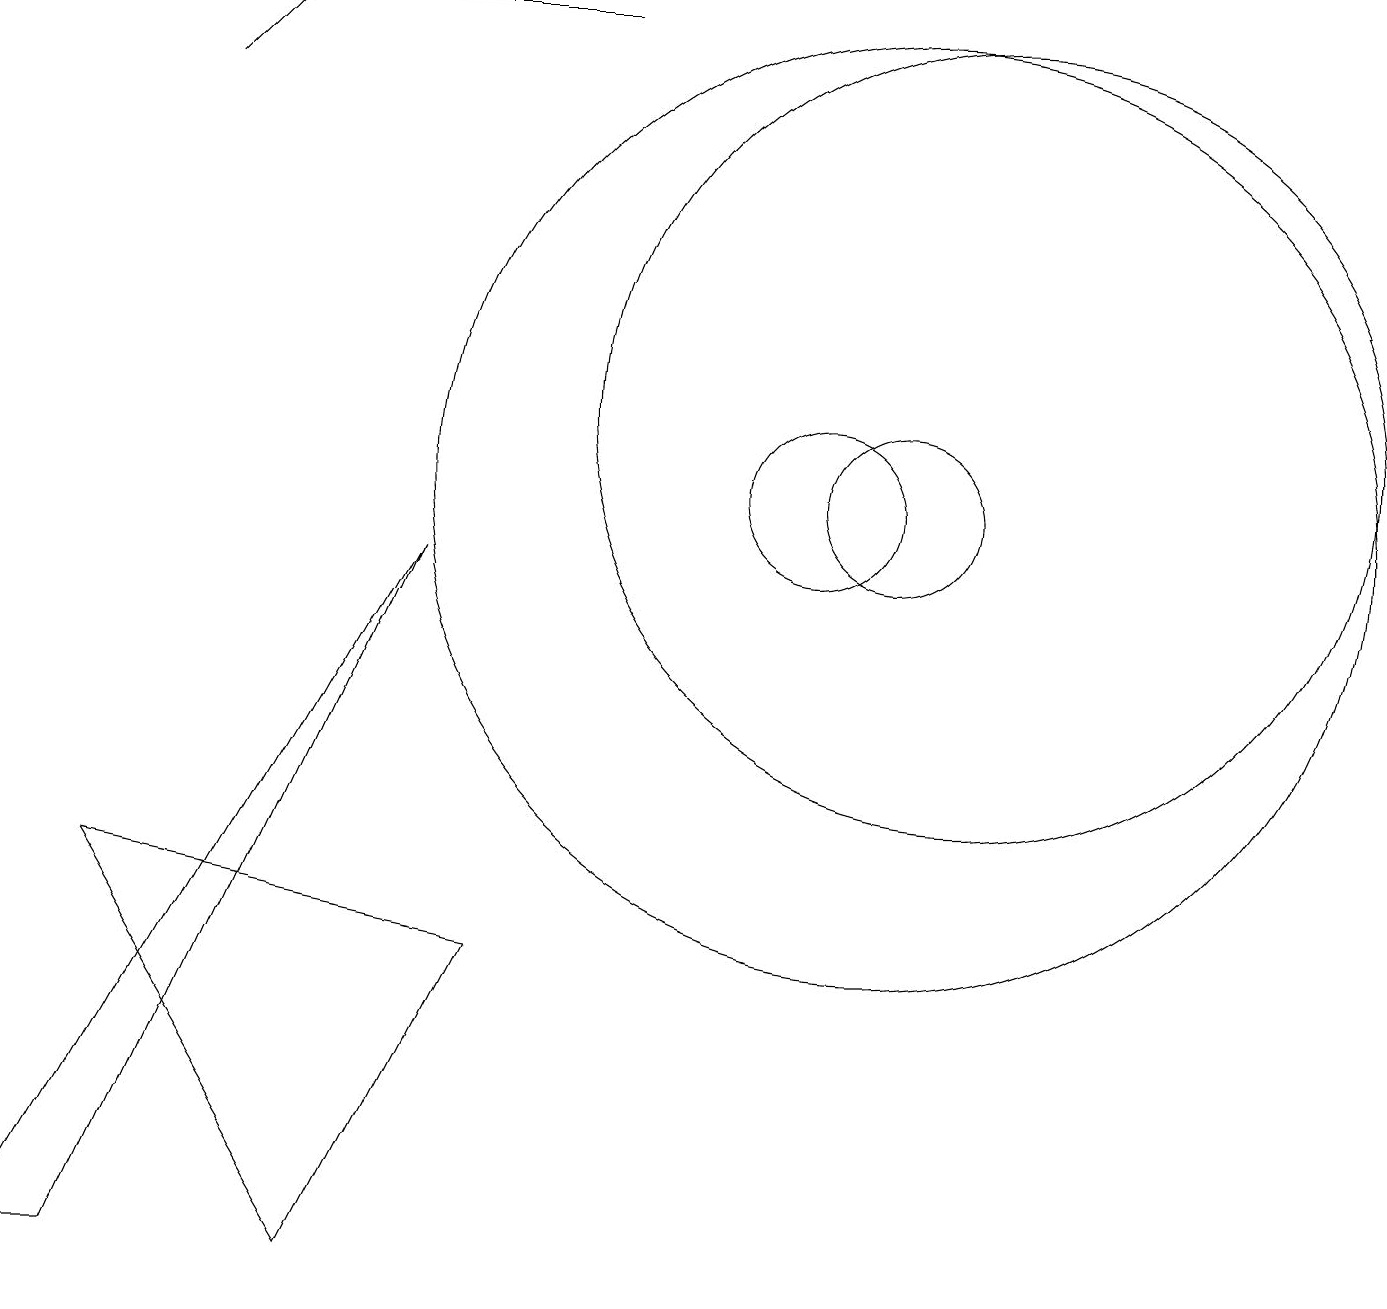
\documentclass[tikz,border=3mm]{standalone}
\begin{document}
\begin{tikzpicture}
\draw[->] (7,16) -- (0,16);
\draw (5,9) -- (1,0) -- (0,0) -- cycle;
\draw (12,11) circle (5);
\draw[->] (2,15) -- (3,16);
\draw (11,10) circle (6);
\draw (4,0) -- (6,4) -- (1,5) -- cycle;
\draw (11,10) circle (1);
\draw (10,10) circle (1);
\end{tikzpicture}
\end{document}